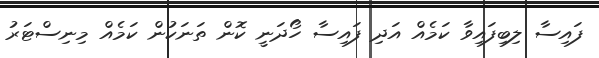
ފައިސާ ލިބިފައިވާ ކަމެއް އަދި ފައިސާ ހޯދަނީ ކޮން ތަނަކުން ކަމެއް މިނިސްޓަރު